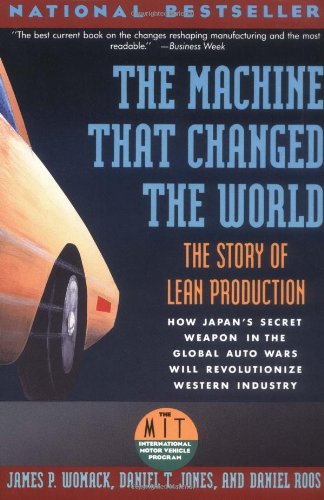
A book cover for The Machine That Changed the World : The Story of Lean Production; James P. Womack; Engineering & Transportation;